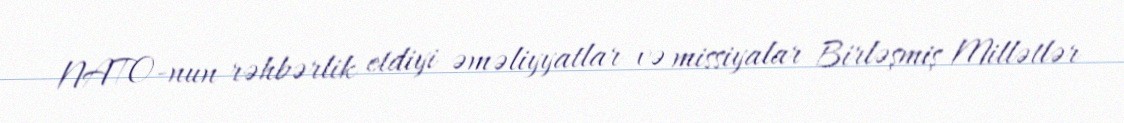
NATO-nun rəhbərlik etdiyi əməliyyatlar və missiyalar Birləşmiş Millətlər